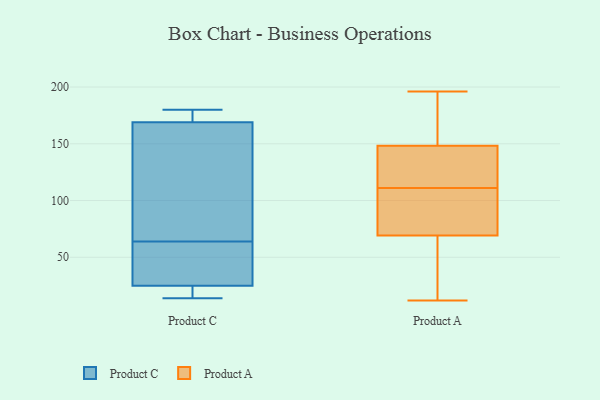
{"axis": {"x": "Budget (USD K)", "y": "Value"}, "legend": ["Product A", "Product C"], "data": [{"x": "", "y": 169, "type": "Product C"}, {"x": "", "y": 25, "type": "Product C"}, {"x": "", "y": 17, "type": "Product C"}, {"x": "", "y": 14, "type": "Product C"}, {"x": "", "y": 63, "type": "Product C"}, {"x": "", "y": 176, "type": "Product C"}, {"x": "", "y": 180, "type": "Product C"}, {"x": "", "y": 71, "type": "Product C"}, {"x": "", "y": 29, "type": "Product C"}, {"x": "", "y": 65, "type": "Product C"}, {"x": "", "y": 12, "type": "Product A"}, {"x": "", "y": 166, "type": "Product A"}, {"x": "", "y": 114, "type": "Product A"}, {"x": "", "y": 84, "type": "Product A"}, {"x": "", "y": 26, "type": "Product A"}, {"x": "", "y": 143, "type": "Product A"}, {"x": "", "y": 65, "type": "Product A"}, {"x": "", "y": 164, "type": "Product A"}, {"x": "", "y": 143, "type": "Product A"}, {"x": "", "y": 184, "type": "Product A"}, {"x": "", "y": 53, "type": "Product A"}, {"x": "", "y": 111, "type": "Product A"}, {"x": "", "y": 109, "type": "Product A"}, {"x": "", "y": 111, "type": "Product A"}, {"x": "", "y": 55, "type": "Product A"}, {"x": "", "y": 82, "type": "Product A"}, {"x": "", "y": 150, "type": "Product A"}, {"x": "", "y": 196, "type": "Product A"}, {"x": "", "y": 124, "type": "Product A"}]}